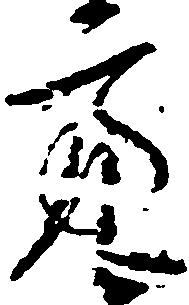
亮